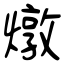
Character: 燉